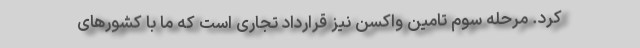
کرد. مرحله سوم تامین واکسن نیز قرارداد تجاری است که ما با کشورهای